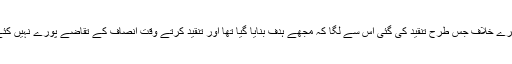
لیکن میرے خلاف جس طرح تنقید کی گئی اس سے لگا کہ مجھے ہدف بنایا گیا تھا اور تنقید کرتے وقت انصاف کے تقاضے پورے نہیں کئے گئے۔